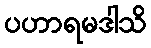
ပဟာရမဒါသိ